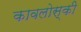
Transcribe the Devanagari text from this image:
कावलोस्की